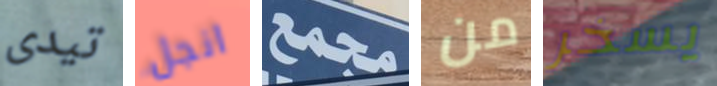
تيدى انجل مجمع من يسخر